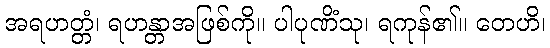
အရဟတ္တံ၊ ရဟန္တာအဖြစ်ကို။ ပါပုဏိံသု၊ ရကုန်၏။ တေဟိ၊